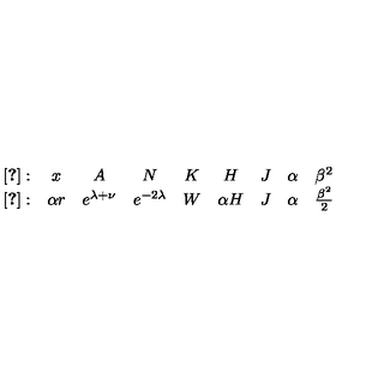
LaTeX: \begin{array} { c c c c c c c c c } { \cite { b h k } : } & { x } & { A } & { N } & { K } & { H } & { J } & { \alpha } & { \beta ^ { 2 } } \\ { \cite { b f m 2 } : } & { \alpha r } & { e ^ { \lambda + \nu } } & { e ^ { - 2 \lambda } } & { W } & { \alpha H } & { J } & { \alpha } & { \frac { \beta ^ { 2 } } { 2 } } \\ \end{array}